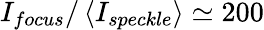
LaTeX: I_{focus}/\left<I_{speckle}\right>\simeq 200